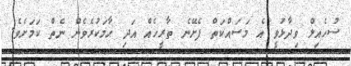
ސުހެއިލް ވިދާޅުވީ އެ މަސައްކަތް ފެށޭނެ ތާރީހެއް އަދި ހާމަކުރެވެން ނެތް ކަމަށެވެ.